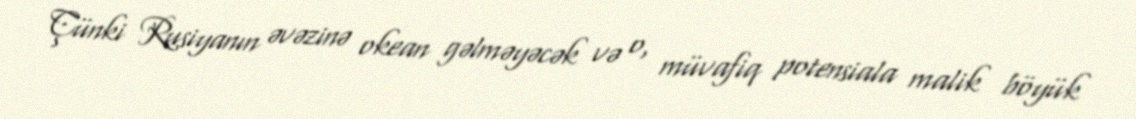
Çünki Rusiyanın əvəzinə okean gəlməyəcək və o, müvafiq potensiala malik böyük